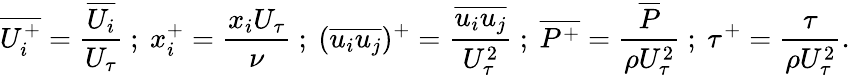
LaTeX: {\overline{{U_{i}^{+}}}}=\frac{\overline{{U_{i}}}}{U_{\tau}}~;~{x_{i}^{+}}=\frac{x_{i}U_{\tau}}{\nu}~;~(\overline{{u_{i}u_{j}}})^{+}=\frac{\overline{{u_{i}u_{j}}}}{U_{\tau}^{2}}~;~{\overline{{P^{+}}}}=\frac{\overline{{P}}}{\rho U_{\tau}^{2}}~;~{\tau^{+}}=\frac{\tau}{\rho U_{\tau}^{2}}.